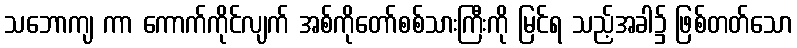
သဘောကျ ကာ ကောက်ကိုင်လျက် အစ်ကိုတော်စစ်သားကြီးကို မြင်ရ သည့်အခါ၌ ဖြစ်တတ်သော